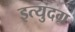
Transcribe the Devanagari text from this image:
इत्युदग्र